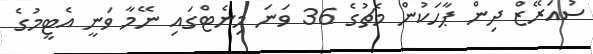
ސުއަރޭޒް ދިން ޕާހަކުން މެޗުގެ 36 ވަނަ މިނެޓްގައި ނޭމާ ވަނީ އެޓީމުގެ